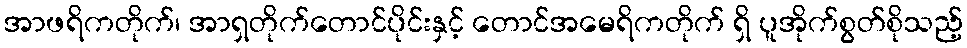
အာဖရိကတိုက်၊ အာရှတိုက်တောင်ပိုင်းနှင့် တောင်အမေရိကတိုက် ရှိ ပူအိုက်စွတ်စိုသည့်